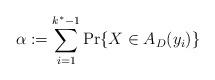
LaTeX: \begin{align*}\alpha := \sum_{i=1}^{k^{*}-1} \Pr \{ X \in A_{D} (y_i) \}\end{align*}